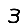
Digit: 3